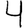
Digit: 4